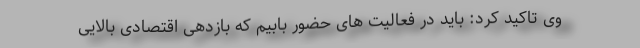
وی تاکید کرد: باید در فعالیت های حضور بابیم که بازدهی اقتصادی بالایی